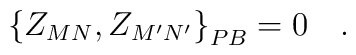
\left\{ Z_{MN},Z_{M^{\prime }N^{\prime }}\right\} _{PB}=0\quad .